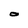
Character: 0